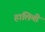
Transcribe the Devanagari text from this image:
हालिमी